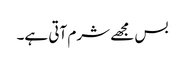
بس مجھے شرم آتی ہے۔